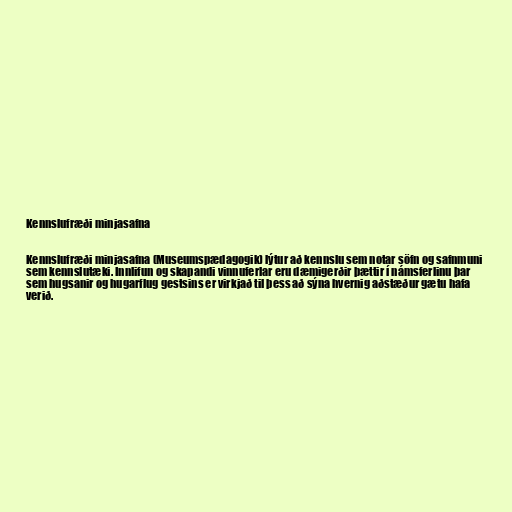
Kennslufræði minjasafna

Kennslufræði minjasafna (Museumspædagogik) lýtur að kennslu sem notar söfn og safnmuni
sem kennslutæki. Innlifun og skapandi vinnuferlar eru dæmigerðir þættir í námsferlinu þar
sem hugsanir og hugarflug gestsins er virkjað til þess að sýna hvernig aðstæður gætu hafa
verið.